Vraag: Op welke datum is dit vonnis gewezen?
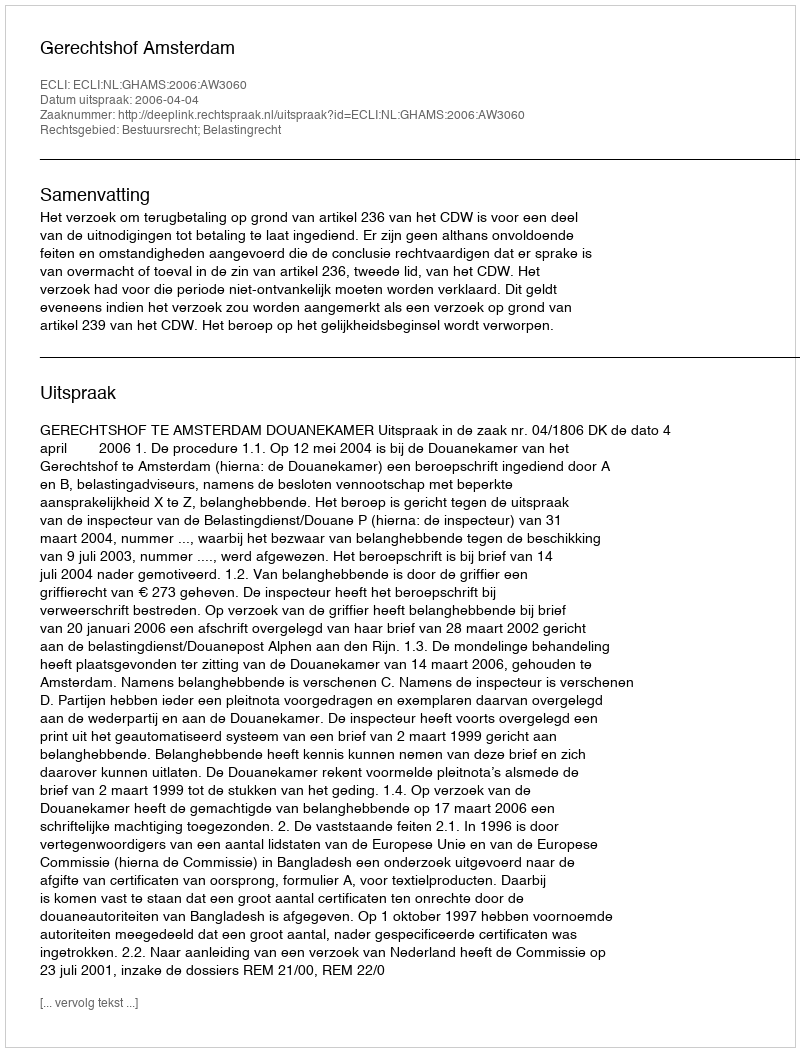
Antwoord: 2006-04-04